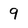
Character: 9